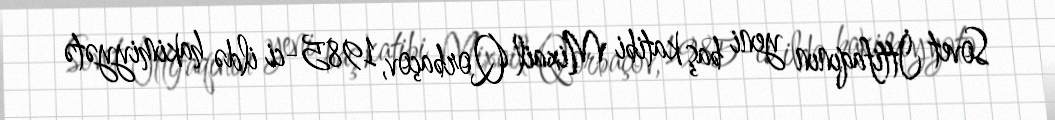
Sovet İttifaqının yeni baş katibi Mixail Qorbaçov, 1985-ci ildə hakimiyyətə